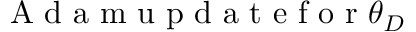
\mathrm { ~ A ~ d ~ a ~ m ~ u ~ p ~ d ~ a ~ t ~ e ~ f ~ o ~ r ~ } \theta _ { D }